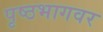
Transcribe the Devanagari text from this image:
पृष्ठभागवर